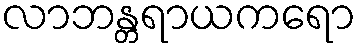
လာဘန္တရာယကရော